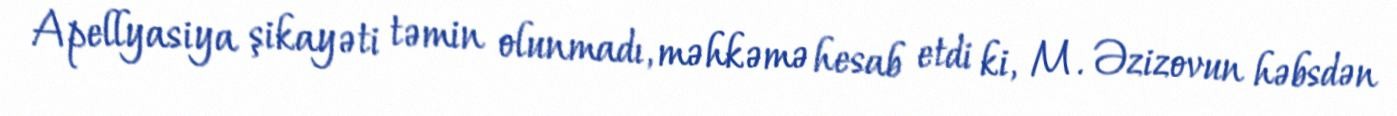
Apellyasiya şikayəti təmin olunmadı, məhkəmə hesab etdi ki, M. Əzizovun həbsdən